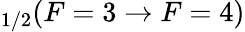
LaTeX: _{1/2}(F=3\rightarrow F=4)